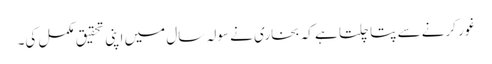
غور کرنے سے پتا چلتا ہے کہ بخاری نے سولہ سال میں اپنی تحقیق مکمل کی۔